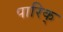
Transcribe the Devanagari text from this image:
पारिक्